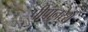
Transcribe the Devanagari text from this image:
पीपानरेश